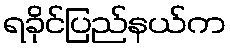
ရခိုင်ပြည်နယ်က